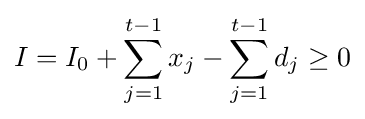
I=I_{0}+\sum _{j=1}^{t-1}x_{j}-\sum _{j=1}^{t-1}d_{j}\geq 0